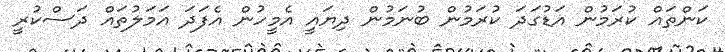
ކަންތައް ކުރަމުން އަޑުގަދަ ކުރަމުން ބުނަމުން ދިޔައީ އެމީހުން އެފަދަ އަމަލުތައް ދަސްކުރީ